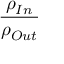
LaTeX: { \frac { \rho _ { I n } } { \rho _ { O u t } } } \,